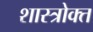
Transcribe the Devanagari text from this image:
शास्‍त्रोक्‍त